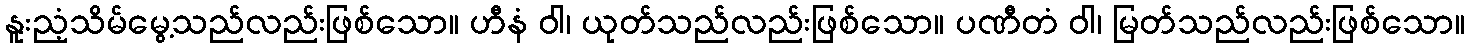
နူးညံ့သိမ်မွေ့သည်လည်းဖြစ်သော။ ဟီနံ ဝါ၊ ယုတ်သည်လည်းဖြစ်သော။ ပဏီတံ ဝါ၊ မြတ်သည်လည်းဖြစ်သော။